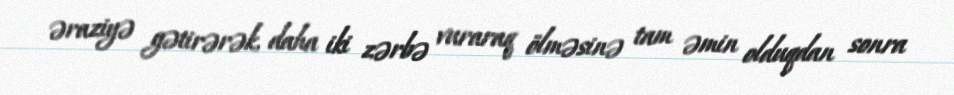
əraziyə gətirərək, daha iki zərbə vuraraq ölməsinə tam əmin olduqdan sonra